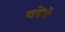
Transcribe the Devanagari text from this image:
वहेंचे